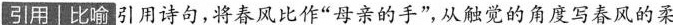
引用/比喻引用诗句,将春风比作“母亲的手”,从触觉的角度写春风的柔